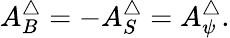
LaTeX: A_{B}^{\triangle}=-A_{S}^{\triangle}=A_{\psi}^{\triangle}.